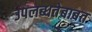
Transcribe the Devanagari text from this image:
उपलब्धतेबाबत